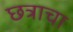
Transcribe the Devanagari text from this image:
छत्राचा